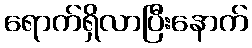
ရောက်ရှိလာပြီးနောက်